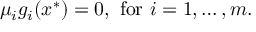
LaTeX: \mu _ { i } g _ { i } ( x ^ { * } ) = 0 , { \mathrm { ~ f o r ~ } } i = 1 , \ldots , m .